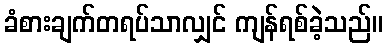
ခံစားချက်တရပ်သာလျှင် ကျန်ရစ်ခဲ့သည်။